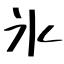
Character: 氷